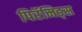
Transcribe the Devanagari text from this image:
पिरॅमिड्स